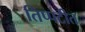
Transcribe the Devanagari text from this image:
तिप्पटीत